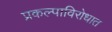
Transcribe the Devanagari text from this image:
प्रकल्पाविरोधात